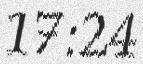
17:24